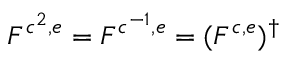
F ^ { c ^ { 2 } , e } = F ^ { c ^ { - 1 } , e } = ( F ^ { c , e } ) ^ { \dagger }